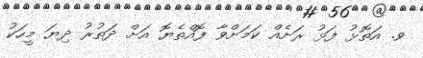
ވ. އަތޮޅު ފަޅު ރަށެއް ކަމަށްވާ ފޮއްތެޔޮ އަށް ދަތުރު ދިޔަ މީހަކު